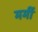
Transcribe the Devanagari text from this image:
मर्मी